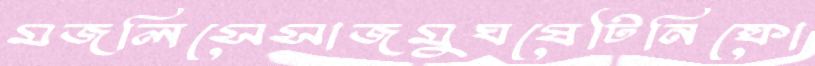
মজলিসেসাজমুঘষেটিনিষ্কো